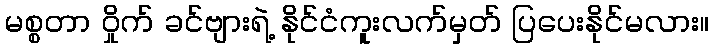
မစ္စတာ ဝှိုက် ခင်ဗျားရဲ့ နိုင်ငံကူးလက်မှတ် ပြပေးနိုင်မလား။